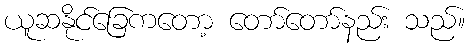
ယူဆနိုင်ခြေကတော့ တော်တော်နည်း သည်။